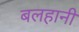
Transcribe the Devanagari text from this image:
बलहानी